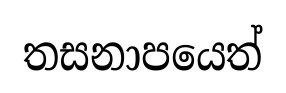
තසනාපයෙත්